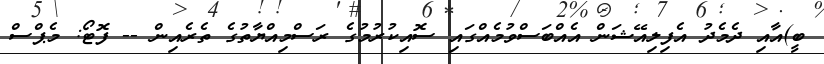
ބީ)އާއި ދެމެދު އެފިލިއޭޝަން އެއްބަސްވުމެއްގައި ސޮއިކުރުމުގެ ރަސްމިއްޔާތުގެ ތެރެއިން -- ފޮޓޯ: މެޕްސް